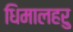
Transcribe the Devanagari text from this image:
धिमालहरु